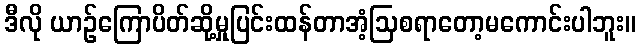
ဒီလို ယာဉ်ကြောပိတ်ဆို့မှုပြင်းထန်တာအံ့ဩစရာတော့မကောင်းပါဘူး။